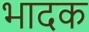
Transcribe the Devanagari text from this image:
भादक